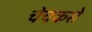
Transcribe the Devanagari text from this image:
चेचकसे